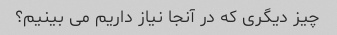
چیز دیگری که در آنجا نیاز داریم می بینیم؟